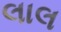
લાલ